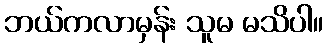
ဘယ်ကလာမှန်း သူမ မသိပါ။